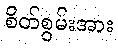
စိတ်စွမ်းအား